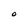
Character: O